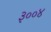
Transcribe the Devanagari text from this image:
३००४